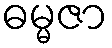
ဓမ္မဇာ